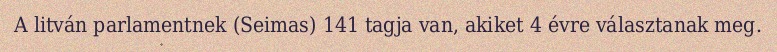
A litván parlamentnek (Seimas) 141 tagja van, akiket 4 évre választanak meg.